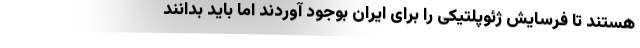
هستند تا فرسایش ژئوپلتیکی را برای ایران بوجود آوردند اما باید بدانند